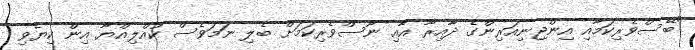
"ބޭސްވެރިކަމާއި އިންޖިނިއަރިންގެ ދާއިރާ އާއި ނޫސްވެރިކަމަށް ބެލި ނަމަވެސް ކުއްލިއްޔާ އިން ކިޔެވި